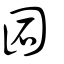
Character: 𡇈